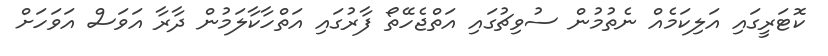
ކޮޓަރީގައި އަލިކަމެއް ނެތުމުން ސުވިޗުގައި އަތްޖެހޭތޯ ފާރުގައި އަތްހާކާލަމުން ދާރާ އަވަސް އަވަހަށް